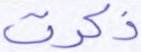
ذكرت